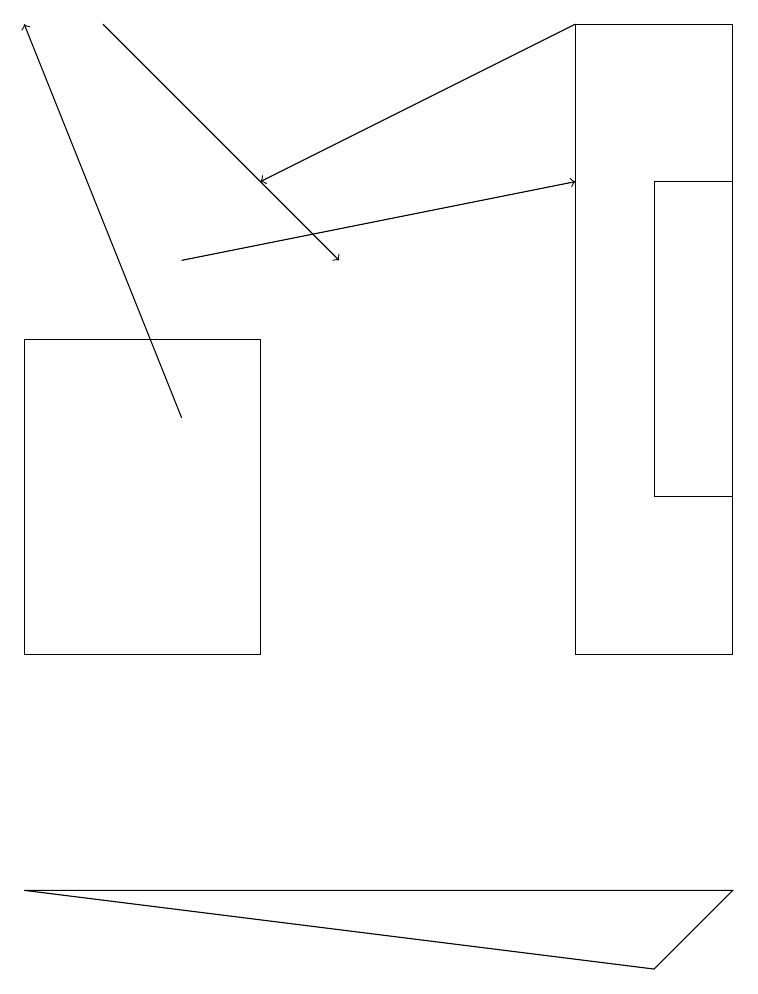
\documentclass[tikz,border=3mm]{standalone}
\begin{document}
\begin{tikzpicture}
\draw[->] (2,13) -- (0,18);
\draw[->] (1,18) -- (4,15);
\draw (7,10) rectangle (9,18);
\draw (8,6) -- (9,7) -- (0,7) -- cycle;
\draw (9,16) rectangle (8,12);
\draw[->] (7,18) -- (3,16);
\draw[->] (2,15) -- (7,16);
\draw (3,14) rectangle (0,10);
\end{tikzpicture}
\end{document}